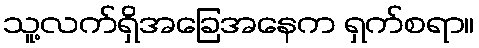
သူ့လက်ရှိအခြေအနေက ရှက်စရာ။